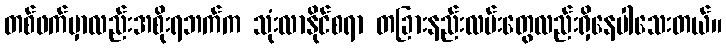
တစ်ဖက်မှာလည်းအစိုးရဘက်က သုံးလာနိုင်စရာ တခြားနည်းလမ်းတွေလည်းရှိနေပါသေးတယ်။